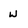
Character: w